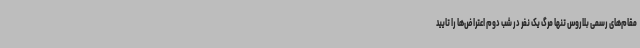
مقام‌های رسمی بلاروس تنها مرگ یک نفر در شب دوم اعتراض‌ها را تایید